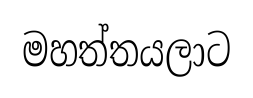
මහත්තයලාට